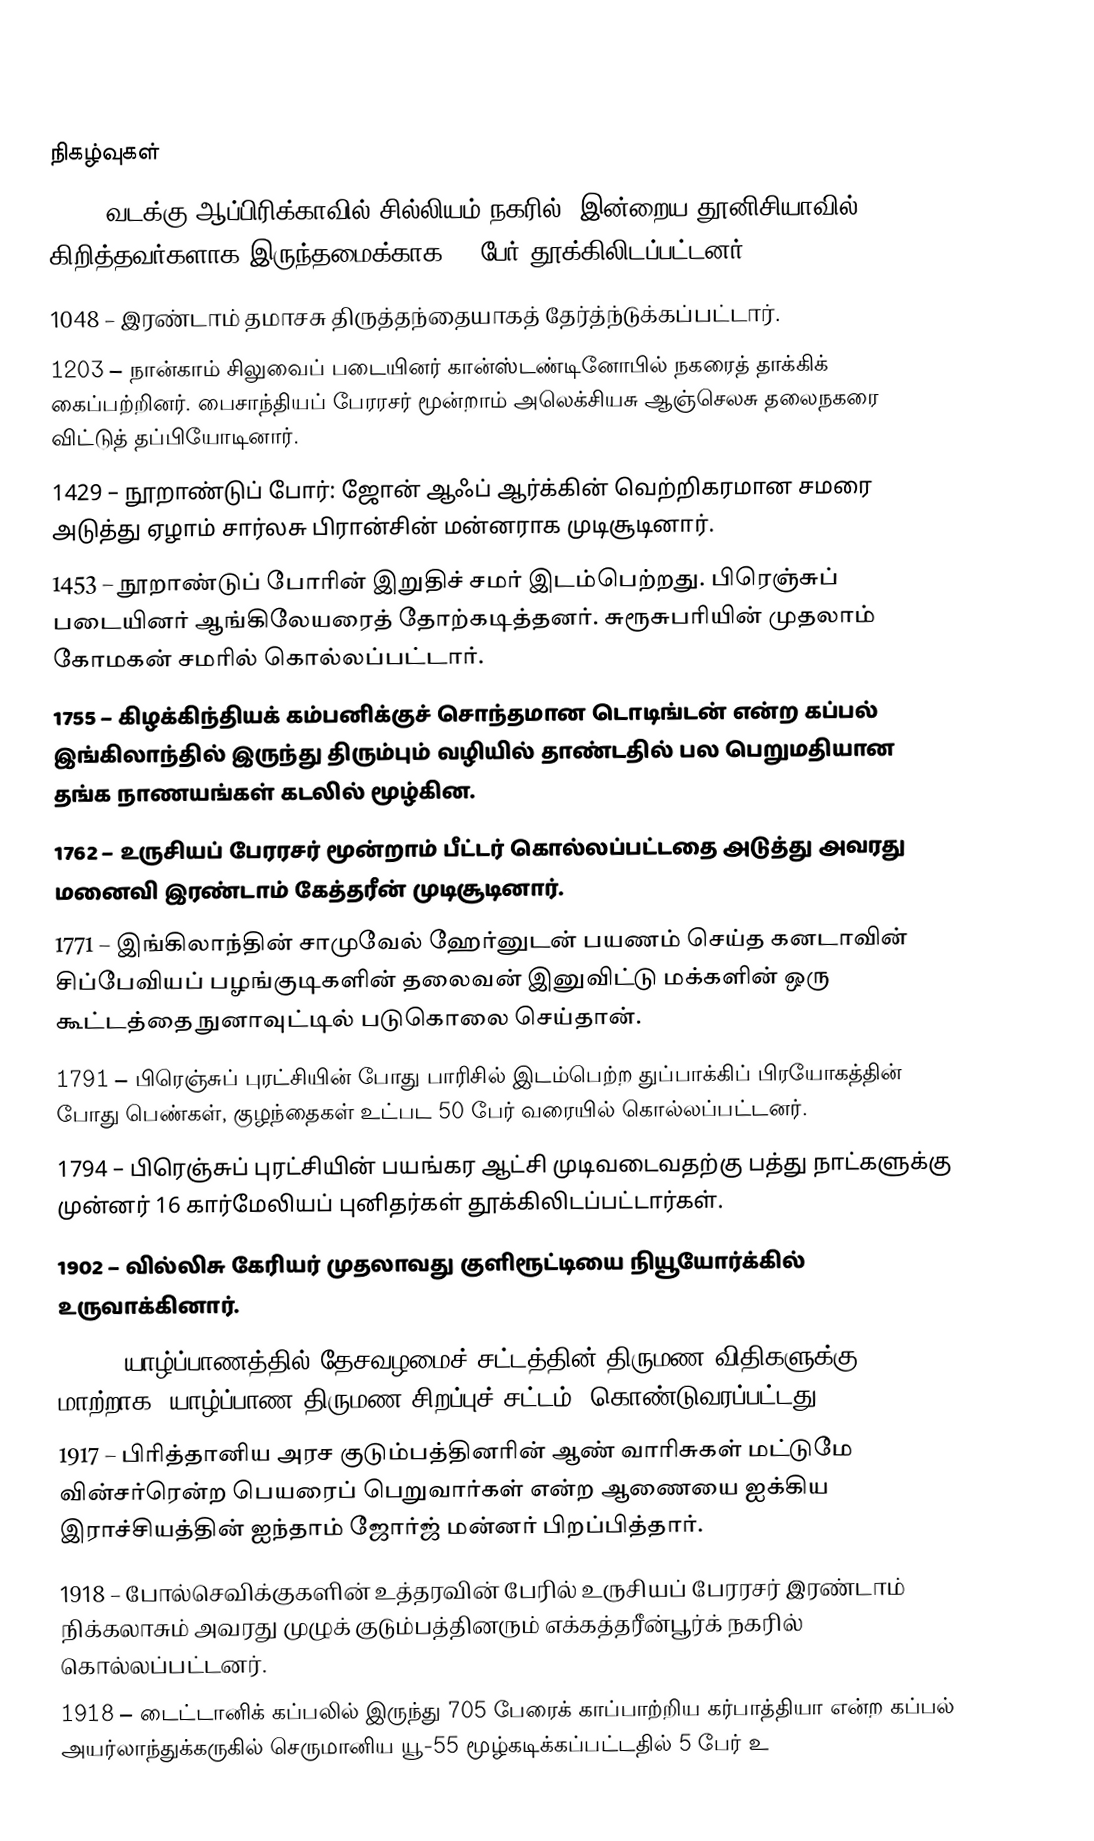

நிகழ்வுகள்
180 – வடக்கு ஆப்பிரிக்காவில் சில்லியம் நகரில் (இன்றைய தூனிசியாவில்) கிறித்தவர்களாக இருந்தமைக்காக 12 பேர் தூக்கிலிடப்பட்டனர்.
1048 – இரண்டாம் தமாசசு திருத்தந்தையாகத் தேர்த்ந்டுக்கப்பட்டார்.
1203 – நான்காம் சிலுவைப் படையினர் கான்ஸ்டண்டினோபில் நகரைத் தாக்கிக் கைப்பற்றினர். பைசாந்தியப் பேரரசர் மூன்றாம் அலெக்சியசு ஆஞ்செலசு தலைநகரை விட்டுத் தப்பியோடினார்.
1429 – நூறாண்டுப் போர்: ஜோன் ஆஃப் ஆர்க்கின் வெற்றிகரமான சமரை அடுத்து ஏழாம் சார்லசு பிரான்சின் மன்னராக முடிசூடினார்.
1453 – நூறாண்டுப் போரின் இறுதிச் சமர் இடம்பெற்றது. பிரெஞ்சுப் படையினர் ஆங்கிலேயரைத் தோற்கடித்தனர். சுரூசுபரியின் முதலாம் கோமகன் சமரில் கொல்லப்பட்டார்.
1755 – கிழக்கிந்தியக் கம்பனிக்குச் சொந்தமான டொடிங்டன் என்ற கப்பல் இங்கிலாந்தில் இருந்து திரும்பும் வழியில் தாண்டதில் பல பெறுமதியான தங்க நாணயங்கள் கடலில் மூழ்கின.
1762 – உருசியப் பேரரசர் மூன்றாம் பீட்டர் கொல்லப்பட்டதை அடுத்து அவரது மனைவி இரண்டாம் கேத்தரீன் முடிசூடினார்.
1771 – இங்கிலாந்தின் சாமுவேல் ஹேர்னுடன் பயணம் செய்த கனடாவின் சிப்பேவியப் பழங்குடிகளின் தலைவன் இனுவிட்டு மக்களின் ஒரு கூட்டத்தை நுனாவுட்டில் படுகொலை செய்தான்.
1791 – பிரெஞ்சுப் புரட்சியின் போது பாரிசில் இடம்பெற்ற துப்பாக்கிப் பிரயோகத்தின் போது பெண்கள், குழந்தைகள் உட்பட 50 பேர் வரையில் கொல்லப்பட்டனர்.
1794 – பிரெஞ்சுப் புரட்சியின் பயங்கர ஆட்சி முடிவடைவதற்கு பத்து நாட்களுக்கு முன்னர் 16 கார்மேலியப் புனிதர்கள் தூக்கிலிடப்பட்டார்கள்.
1902 – வில்லிசு கேரியர் முதலாவது குளிரூட்டியை நியூயோர்க்கில் உருவாக்கினார்.
1911 – யாழ்ப்பாணத்தில் தேசவழமைச் சட்டத்தின் திருமண விதிகளுக்கு மாற்றாக "யாழ்ப்பாண திருமண சிறப்புச் சட்டம்" கொண்டுவரப்பட்டது.
1917 – பிரித்தானிய அரச குடும்பத்தினரின் ஆண் வாரிசுகள் மட்டுமே வின்சர்ரென்ற பெயரைப் பெறுவார்கள் என்ற ஆணையை ஐக்கிய இராச்சியத்தின் ஐந்தாம் ஜோர்ஜ் மன்னர் பிறப்பித்தார்.
1918 – போல்செவிக்குகளின் உத்தரவின் பேரில் உருசியப் பேரரசர் இரண்டாம் நிக்கலாசும் அவரது முழுக் குடும்பத்தினரும் எக்கத்தரீன்பூர்க் நகரில் கொல்லப்பட்டனர்.
1918 – டைட்டானிக் கப்பலில் இருந்து 705 பேரைக் காப்பாற்றிய கர்பாத்தியா என்ற கப்பல் அயர்லாந்துக்கருகில் செருமானிய யூ-55 மூழ்கடிக்கப்பட்டதில் 5 பேர் உ